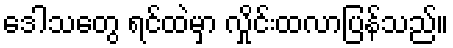
ဒေါသတွေ ရင်ထဲမှာ လှိုင်းထလာပြန်သည်။